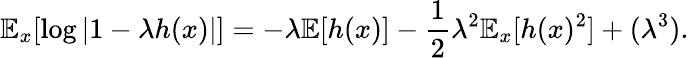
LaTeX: \mathbb{E}_{x}[\log|1-\lambda h(x)|]=-\lambda\mathbb{E}[h(x)]-\frac{1}{2}\lambda^{2}\mathbb{E}_{x}[h(x)^{2}]+(\lambda^{3}).